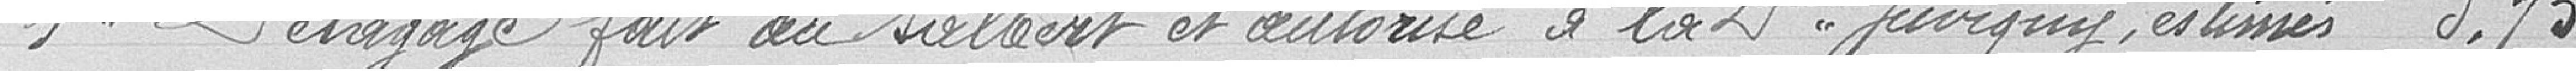
1° D'élagage fait au Salbert et autorisé à la Delle Juvigny, estimés 3.75